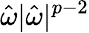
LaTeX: \hat{\omega}|\hat{\omega}|^{p-2}